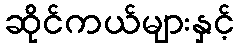
ဆိုင်ကယ်များနှင့်